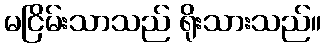
မငြိမ်းသာသည် ရိုးသားသည်။